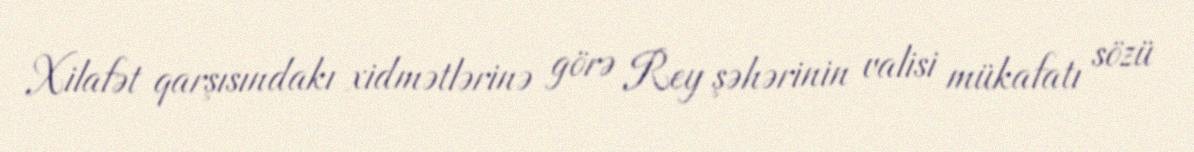
Xilafət qarşısındakı xidmətlərinə görə Rey şəhərinin valisi mükafatı sözü